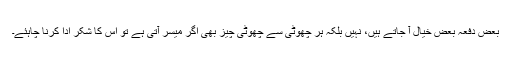
بعض دفعہ بعض خیال آ جاتے ہیں، نہیں بلکہ ہر چھوٹی سے چھوٹی چیز بھی اگر میسر آتی ہے تو اس کا شکر ادا کرنا چاہئے۔